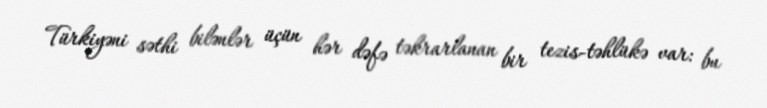
Türkiyəni səthi bilənlər üçün hər dəfə təkrarlanan bir tezis-təhlükə var: bu